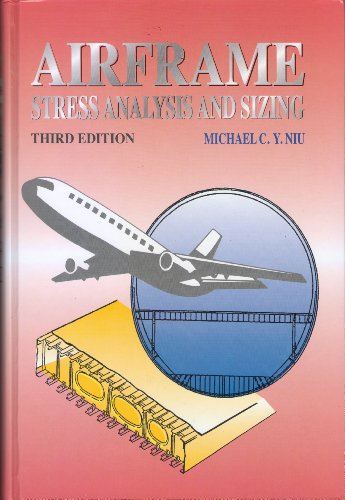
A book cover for Airframe Stress Analysis and Sizing; Michael C. Niu; Humor & Entertainment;